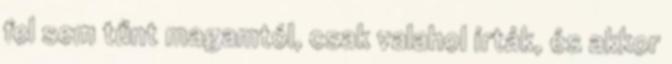
fel sem tűnt magamtól, csak valahol írták, és akkor